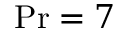
\mathrm { P r } = 7